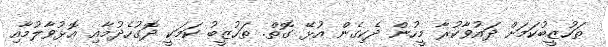
ތަހުޒީބުކަމަށް ދައުވާކުރާ މީހުން ދެކިގެން އުޅޭ ގޮތް. ތަހުޒީބު ކަމަކީ ދޮގުހެދުމާއި އޮޅުވާލުމާއި